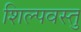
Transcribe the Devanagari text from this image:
शिल्पवस्तु